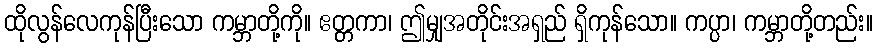
ထိုလွန်လေကုန်ပြီးသော ကမ္ဘာတို့ကို။ ဧတ္တကာ၊ ဤမျှအတိုင်းအရှည် ရှိကုန်သော။ ကပ္ပာ၊ ကမ္ဘာတို့တည်း။